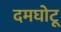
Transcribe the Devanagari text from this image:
दमघोटू